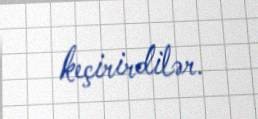
keçirirdilər.